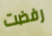
رفضت